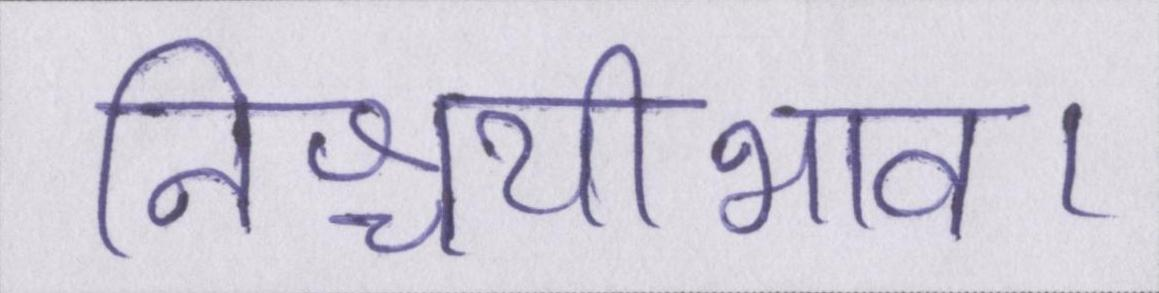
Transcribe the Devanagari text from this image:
निश्चयीभाव।